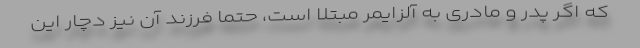
که اگر پدر و مادری به آلزایمر مبتلا است، حتما فرزند آن نیز دچار این